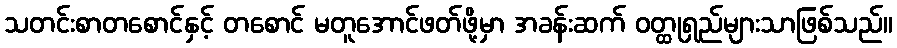
သတင်းစာတစောင်နှင့် တစောင် မတူအောင်ဖတ်ဖို့မှာ အခန်းဆက် ဝတ္ထုရှည်များသာဖြစ်သည်။